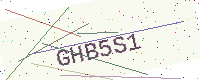
Text: GHB5S1